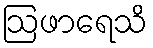
ဩဖာရေသိ